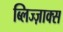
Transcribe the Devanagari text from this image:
ब्लिज्ज़ाक्स